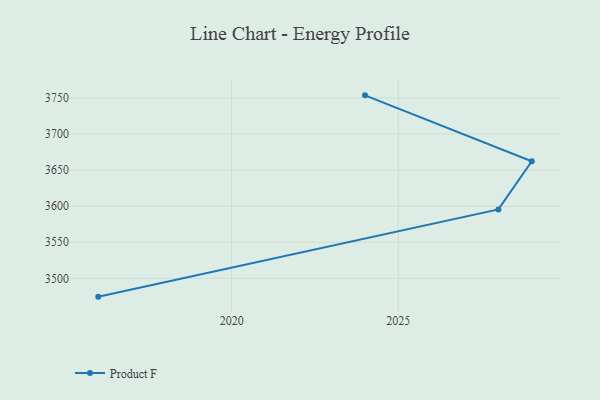
{"axis": {"x": "Year", "y": "Conversion Rate (%)"}, "legend": ["Product F"], "data": [{"x": "2016", "y": 3474.7, "type": "Product F"}, {"x": "2028", "y": 3595.5, "type": "Product F"}, {"x": "2029", "y": 3662.1, "type": "Product F"}, {"x": "2024", "y": 3753.5, "type": "Product F"}]}